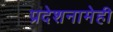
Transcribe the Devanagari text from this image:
प्रदेशनामेही